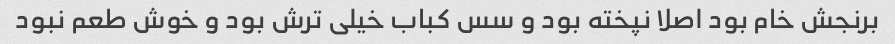
برنجش خام بود اصلا نپخته بود و سس کباب خیلی ترش بود و خوش طعم نبود